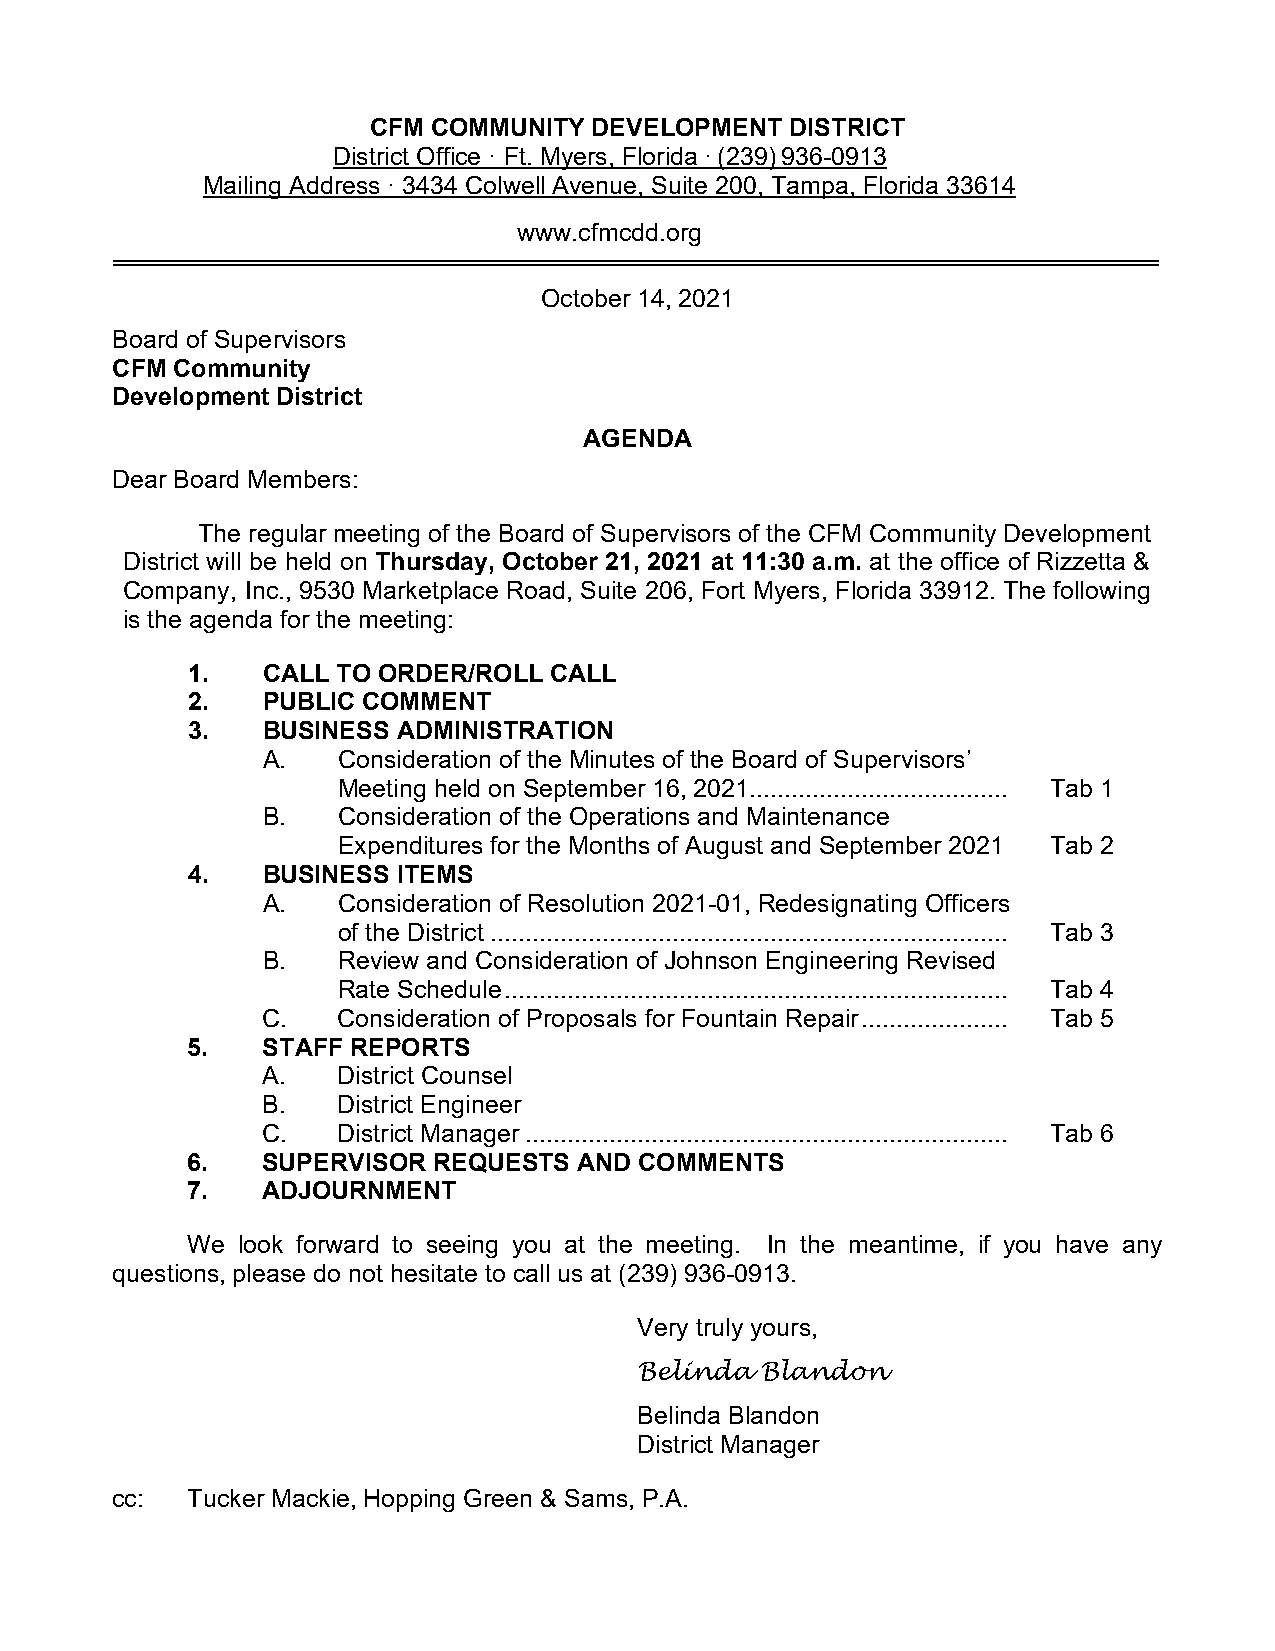
CFM  COMMUNITY DEVELOPMENT  DISTRICT
 District Office · Ft. Myers, Florida · (239) 936-0913
 Mailing Address · 3434 Colwell Avenue, Suite 200, Tampa, Florida 33614
 www.cfmcdd.org
 October 14, 2021
 Board of Supervisors
 CFM Community
 Development District
 AGENDA
 Dear Board Members:
 The regular meeting of the Board of Supervisors of the CFM Community Development
 District will be held on Thursday, October 21, 2021 at 11:30 a.m. at the office of Rizzetta &
 Company, Inc., 9530 Marketplace Road, Suite 206, Fort Myers, Florida 33912. The following
 is the agenda for the meeting:
 1.   CALL TO ORDER/ROLL CALL
 2.   PUBLIC COMMENT
 3.   BUSINESS ADMINISTRATION
 A.   Consideration of the Minutes of the Board of Supervisors’
 Meeting held on September 16, 2021..................................... Tab 1
 B.   Consideration of the Operations and Maintenance
 Expenditures for the Months of August and September 2021 Tab 2
 4.   BUSINESS ITEMS
 A.   Consideration of Resolution 2021-01, Redesignating Officers
 of the District .......................................................................... Tab 3
 B.   Review and Consideration of Johnson Engineering Revised
 Rate Schedule ........................................................................ Tab 4
 C.   Consideration of Proposals for Fountain Repair ..................... Tab 5
 5.   STAFF REPORTS
 A.   District Counsel
 B.   District Engineer
 C.   District Manager ..................................................................... Tab 6
 6.   SUPERVISOR  REQUESTS AND COMMENTS
 7.   ADJOURNMENT
 We  look forward to seeing you at the meeting. In the meantime, if you have any
 questions, please do not hesitate to call us at (239) 936-0913.
 Very truly yours,
 Belinda Blandon
 Belinda Blandon
 District Manager
 cc:  Tucker Mackie, Hopping Green & Sams, P.A.